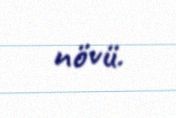
növü.